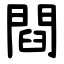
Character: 閰